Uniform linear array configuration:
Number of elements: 8
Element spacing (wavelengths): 1
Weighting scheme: cosine
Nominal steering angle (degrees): -45
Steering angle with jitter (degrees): -43.157
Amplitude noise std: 0.05
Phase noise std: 0.05

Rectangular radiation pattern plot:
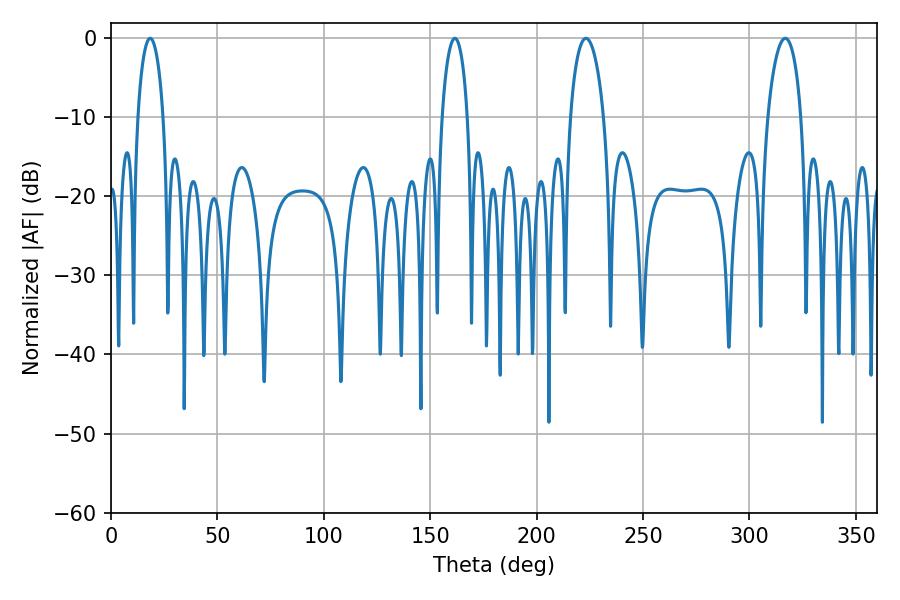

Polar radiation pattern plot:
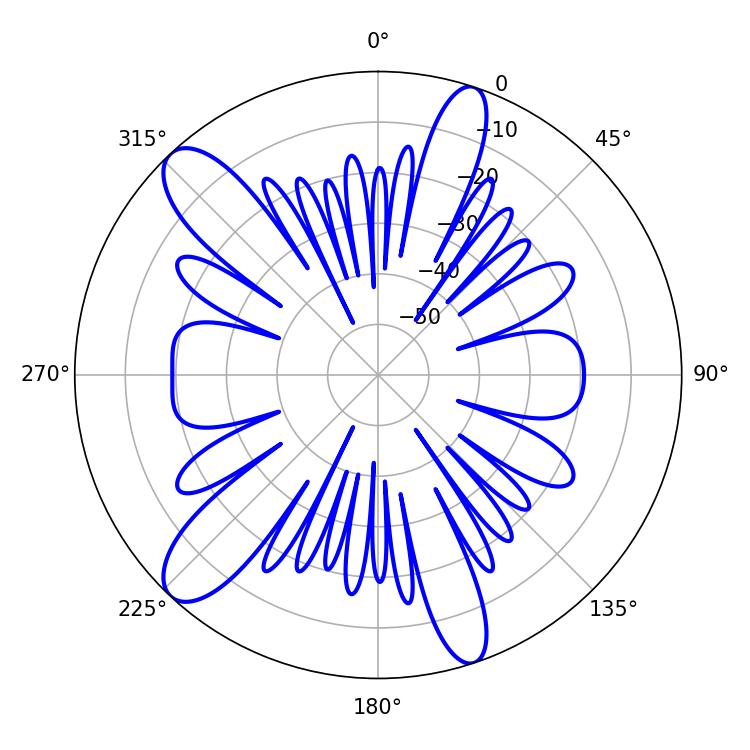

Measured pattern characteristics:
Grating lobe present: TRUE
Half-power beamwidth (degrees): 9
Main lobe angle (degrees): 223.2